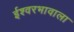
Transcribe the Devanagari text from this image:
ईश्‍वरभावाला